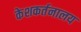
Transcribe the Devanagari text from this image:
केशकर्तनालय